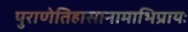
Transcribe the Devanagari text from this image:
पुराणेतिहासानामाभिप्रायः